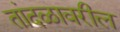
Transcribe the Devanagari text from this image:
तांदळावरील